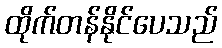
ထိုက်တန်နိုင်ပေသည်